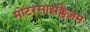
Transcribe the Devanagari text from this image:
मोटरसाइक्लिज़म